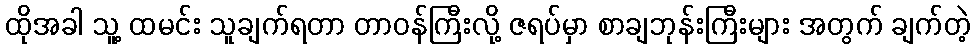
ထိုအခါ သူ့ ထမင်း သူချက်ရတာ တာဝန်ကြီးလို့ ဇရပ်မှာ စာချဘုန်းကြီးများ အတွက် ချက်တဲ့